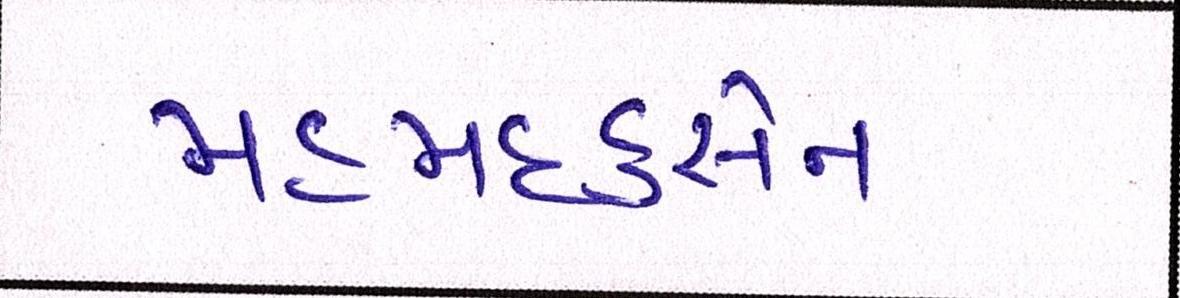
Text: મહમદહુસેન